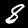
Digit: 8